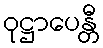
ဝုဋ္ဌာပေန္တီ